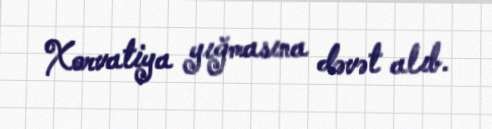
Xorvatiya yığmasına dəvət alıb.